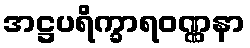
အဋ္ဌပရိက္ခာရဝဏ္ဏနာ